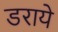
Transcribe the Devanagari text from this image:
डराये